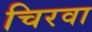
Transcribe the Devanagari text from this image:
चिरवा